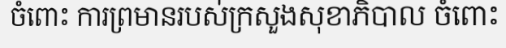
ចំពោះ ការព្រមានរបស់ក្រសួងសុខាភិបាល ចំពោះ